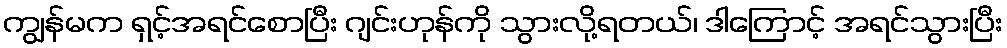
ကျွန်မက ရှင့်အရင်စောပြီး ဂျင်းဟုန်ကို သွားလို့ရတယ်၊ ဒါကြောင့် အရင်သွားပြီး